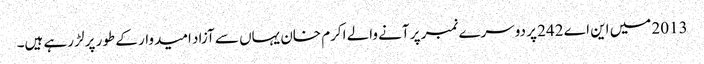
2013 میں این اے 242 پر دوسرے نمبر پر آنے والے اکرم خان یہاں سے آزاد امیدوار کے طور پر لڑ رہے ہیں۔